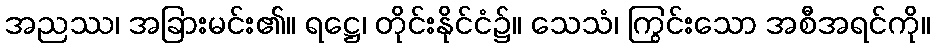
အညဿ၊ အခြားမင်း၏။ ရဋ္ဌေ၊ တိုင်းနိုင်ငံ၌။ သေသံ၊ ကြွင်းသော အစီအရင်ကို။